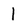
Character: 1